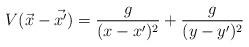
LaTeX: \begin{align*}V(\vec{x}-\vec{x'})=\frac{g}{(x-x')^2}+\frac{g}{(y-y')^2}\end{align*}